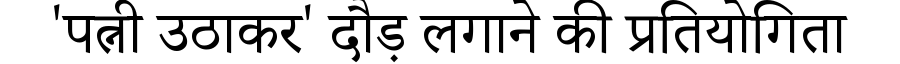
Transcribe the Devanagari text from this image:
'पत्नी उठाकर' दौड़ लगाने की प्रतियोगिता